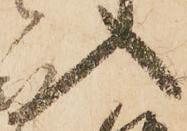
入